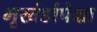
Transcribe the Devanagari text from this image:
भूखंडांपेक्षा